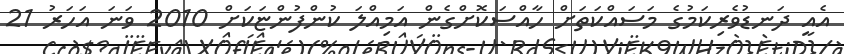
އެއީ ދަނޑުވެރިކަމުގެ މަސައްކަތަށް ހާއްސަކޮށްގެން އަމިއްލަ ކުންފުންޏަކަށް 2010 ވަނަ އަހަރު 21